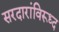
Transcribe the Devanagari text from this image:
सरदारांविरूध्द